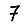
Digit: 7